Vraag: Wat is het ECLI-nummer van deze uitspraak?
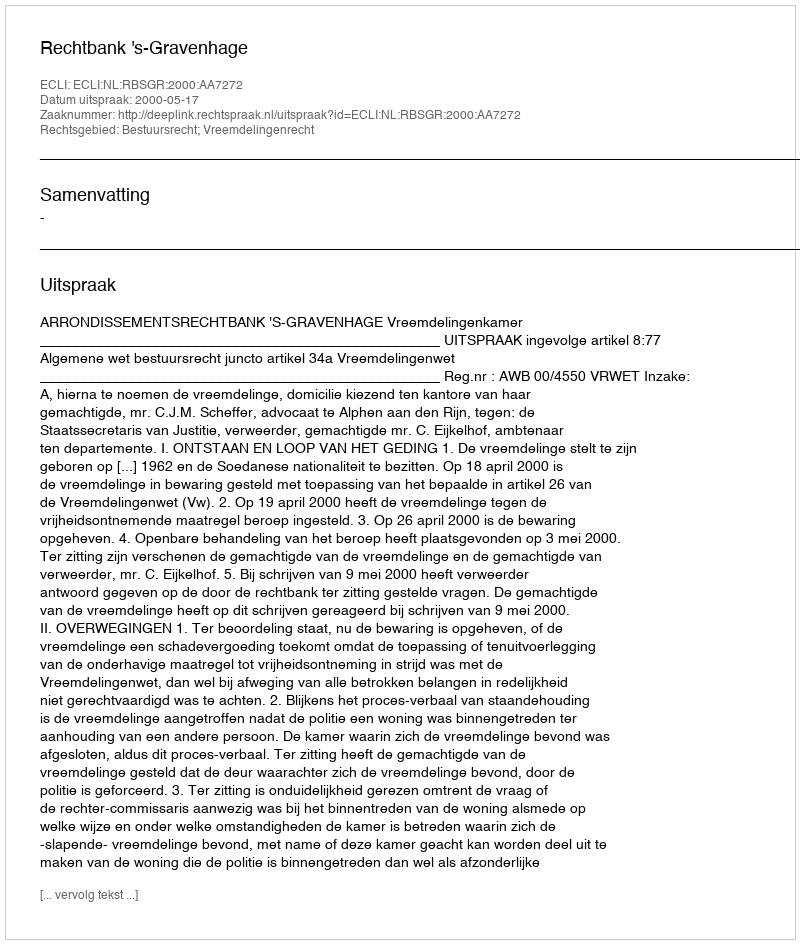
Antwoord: ECLI:NL:RBSGR:2000:AA7272